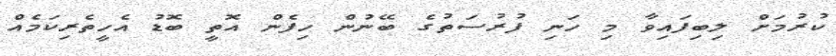
ކުރުމަށް ލިބިފައިވާ މި ހަނި ފުރުސަތުގެ ބޭނުން ހިފެން އޮތީ ބޮޑު އެހީތެރިކަމެއް